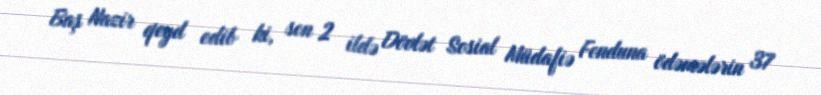
Baş Nazir qeyd edib ki, son 2 ildə Dövlət Sosial Müdafiə Fonduna ödəmələrin 37